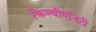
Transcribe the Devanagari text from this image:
क्रिस्चीऐनिटी